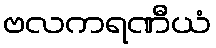
ဗလကရဏီယံ